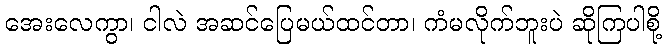
အေးလေကွာ၊ ငါလဲ အဆင်ပြေမယ်ထင်တာ၊ ကံမလိုက်ဘူးပဲ ဆိုကြပါစို့